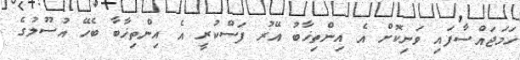
ހަމަޖައްސާފައި ވަނިކޮށް އެ އިންތިޚާބު އޭރު ފަސްކުރީ އެ އިންތިޚާބާ ބެހޭ އުސޫލުގެ